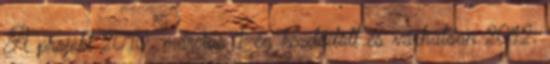
A projekt 2010. március 1-én kezdődött és várhatóan 2012.